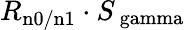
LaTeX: R_{\mathrm{n0/n1}}\cdot S_{\mathrm{\ gamma}}